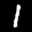
Label: 1